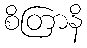
စိတြာနိ